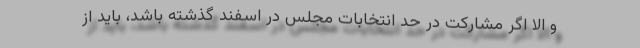
و الّا اگر مشارکت در حد انتخابات مجلس در اسفند گذشته باشد، باید از